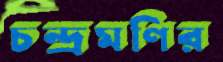
চন্দ্রমণির